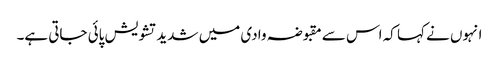
انہوں نے کہا کہ اس سے مقبوضہ وادی میں شدید تشویش پائی جاتی ہے۔